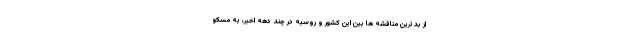
از بدترین مناقشه ها بین این کشور و روسیه در چند دهه اخیر، به مسکو